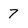
Character: 7